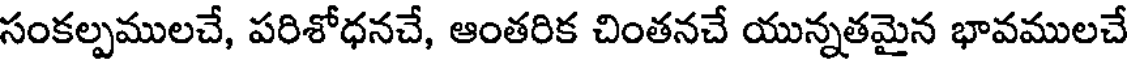
సంకల్పములచే, పరిశోధనచే, ఆంతరిక చింతనచే యున్నతమైన భావములచే